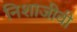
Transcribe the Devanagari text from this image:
निशाजीवी